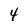
Character: 4